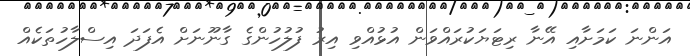
އަންނަ ކަމަށާއި އޭނާ ރިޓަޔަކުރައްވަން އުޅުއްވި އިރު ފުލުހުންގެ ގާނޫނަށް އެފަދަ އިސްލާހުތަކެއް